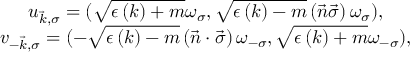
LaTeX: \begin{array} { c } { { u _ { \vec { k } , \sigma } = ( \sqrt { \epsilon \left( k \right) + m } \omega _ { \sigma } , \sqrt { \epsilon \left( k \right) - m } \left( \vec { n } \vec { \sigma } \right) \omega _ { \sigma } ) , } } \\ { { v _ { - \vec { k } , \sigma } = ( - \sqrt { \epsilon \left( k \right) - m } \left( { \vec { n } } \cdot { \vec { \sigma } } \right) \omega _ { - \sigma } , \sqrt { \epsilon \left( k \right) + m } \omega _ { - \sigma } ) , } } \end{array}